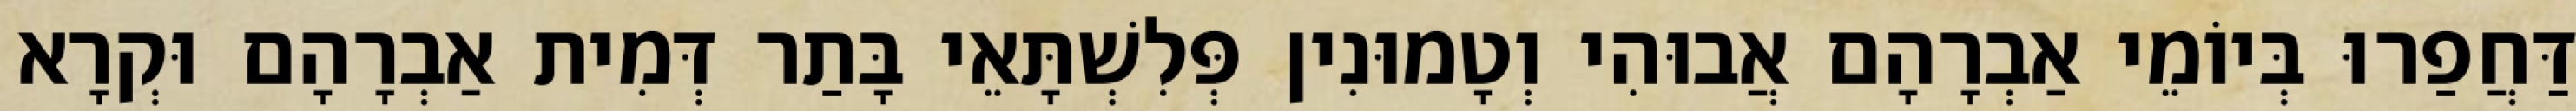
דַּחֲפַרוּ בְּיוֹמֵי אַבְרָהָם אֲבוּהִי וְטָמוּנִין פְּלִשְׁתָּאֵי בָּתַר דְּמִית אַבְרָהָם וּקְרָא